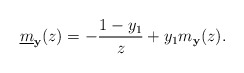
\begin{align*} \underline{m}_{{\mathbf y}}(z)=-\frac{1-y_1}{z}+y_1m_{{\mathbf y}}(z).\end{align*}